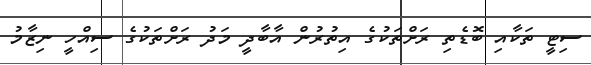
ސިޓީ ތަކާއި ބޮޑެތި ރަށްތަކުގެ އިތުރުން އާބާދީ މަދު ރަށްތަކުގެ ސިއްހީ ނިޒާމު